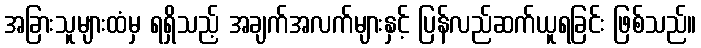
အခြားသူများထံမှ ရရှိသည့် အချက်အလက်များနှင့် ပြန်လည်ဆက်ယူရခြင်း ဖြစ်သည်။